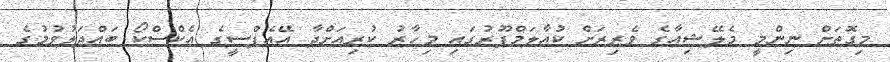
މިގޮތަށް ނިންމީ މެލޭޝިއާގެ ވެރިރަށް ކުއާލަމްޕޫރުގައި މިހާރު ކުރިއަށްދާ އޭއެފްސީގެ އެކްސްކޯ ބައްދަލުވުމުގެ